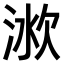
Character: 𣶛